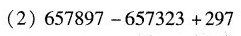
(2)$$657897 - 657323+297$$